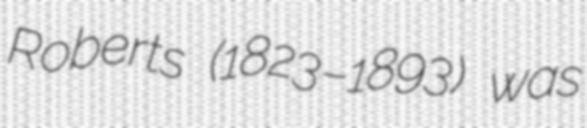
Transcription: Roberts (1823–1893) was